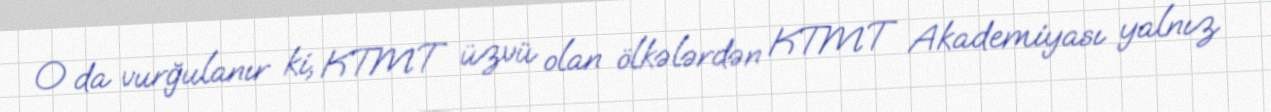
O da vurğulanır ki, KTMT üzvü olan ölkələrdən KTMT Akademiyası yalnız